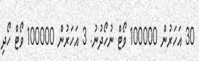
30 އަހަރުން 100000 ވޯޓް ނުހޯދުނު. 3 އަހަރުން 100000 ވޯޓް ހޯދި